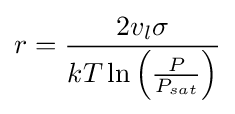
r={\frac {2v_{l}\sigma }{kT\ln {\Bigl (}{\frac {P}{P_{sat}}}{\Bigr )}}}